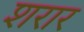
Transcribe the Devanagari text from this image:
शरार